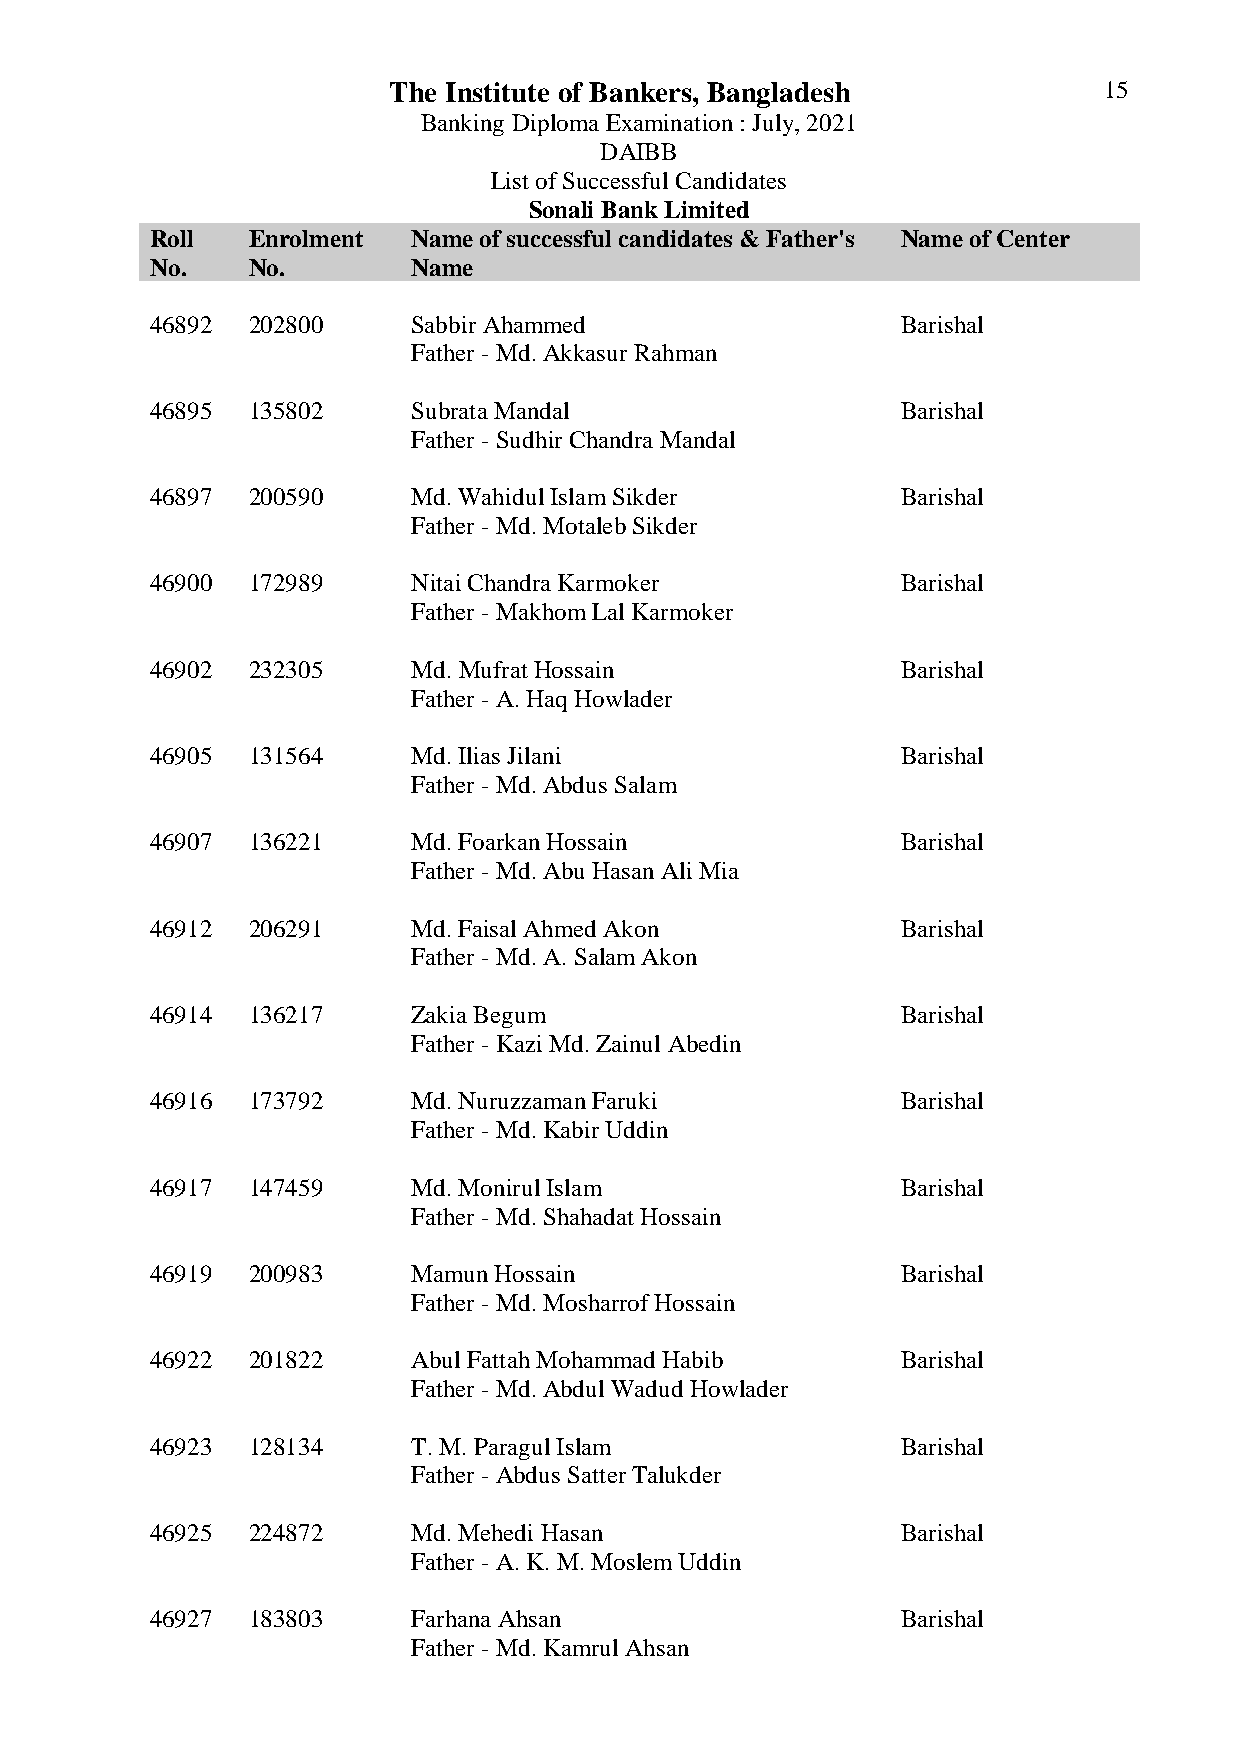
The Institute of Bankers, Bangladesh           15
 Banking Diploma Examination : July, 2021
 DAIBB
 List of Successful Candidates
 Sonali Bank Limited
 Roll  Enrolment  Name of successful candidates & Father's Name of Center
 No.   No.        Name
 46892 202800     Sabbir Ahammed                   Barishal
 Father - Md. Akkasur Rahman
 46895 135802     Subrata Mandal                   Barishal
 Father - Sudhir Chandra Mandal
 46897 200590     Md. Wahidul Islam Sikder         Barishal
 Father - Md. Motaleb Sikder
 46900 172989     Nitai Chandra Karmoker           Barishal
 Father - Makhom Lal Karmoker
 46902 232305     Md. Mufrat Hossain               Barishal
 Father - A. Haq Howlader
 46905 131564     Md. Ilias Jilani                 Barishal
 Father - Md. Abdus Salam
 46907 136221     Md. Foarkan Hossain              Barishal
 Father - Md. Abu Hasan Ali Mia
 46912 206291     Md. Faisal Ahmed Akon            Barishal
 Father - Md. A. Salam Akon
 46914 136217     Zakia Begum                      Barishal
 Father - Kazi Md. Zainul Abedin
 46916 173792     Md. Nuruzzaman Faruki            Barishal
 Father - Md. Kabir Uddin
 46917 147459     Md. Monirul Islam                Barishal
 Father - Md. Shahadat Hossain
 46919 200983     Mamun Hossain                    Barishal
 Father - Md. Mosharrof Hossain
 46922 201822     Abul Fattah Mohammad Habib       Barishal
 Father - Md. Abdul Wadud Howlader
 46923 128134     T. M. Paragul Islam              Barishal
 Father - Abdus Satter Talukder
 46925 224872     Md. Mehedi Hasan                 Barishal
 Father - A. K. M. Moslem Uddin
 46927 183803     Farhana Ahsan                    Barishal
 Father - Md. Kamrul Ahsan